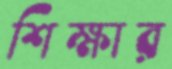
শিক্ষার